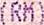
(RM)